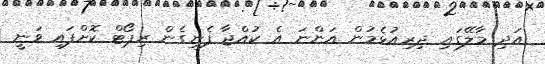
އަދި މާލޭގައި ދިރިއުޅެމުން އަންނަ އެ ކުއްޖާ ފެނިގެން ރިޕޯޓް ކޮށްފައި ވަނީ